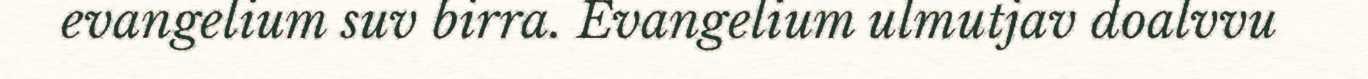
evangelium suv birra. Evangelium ulmutjav doalvvu